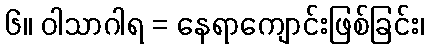
၆။ ဝါသာဂါရ = နေရာကျောင်းဖြစ်ခြင်း၊